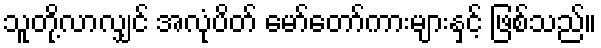
သူတို့လာလျှင် အလုံပိတ် မော်တော်ကားများနှင့် ဖြစ်သည်။